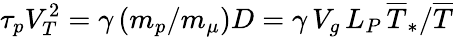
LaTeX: \tau_{p}V_{T}^{2}=\gamma\, (m_{p}/m_{\mu})D=\gamma\, V_{g}\, L_{P}\, \overline{{T}}_{\ast}/\overline{{T}}